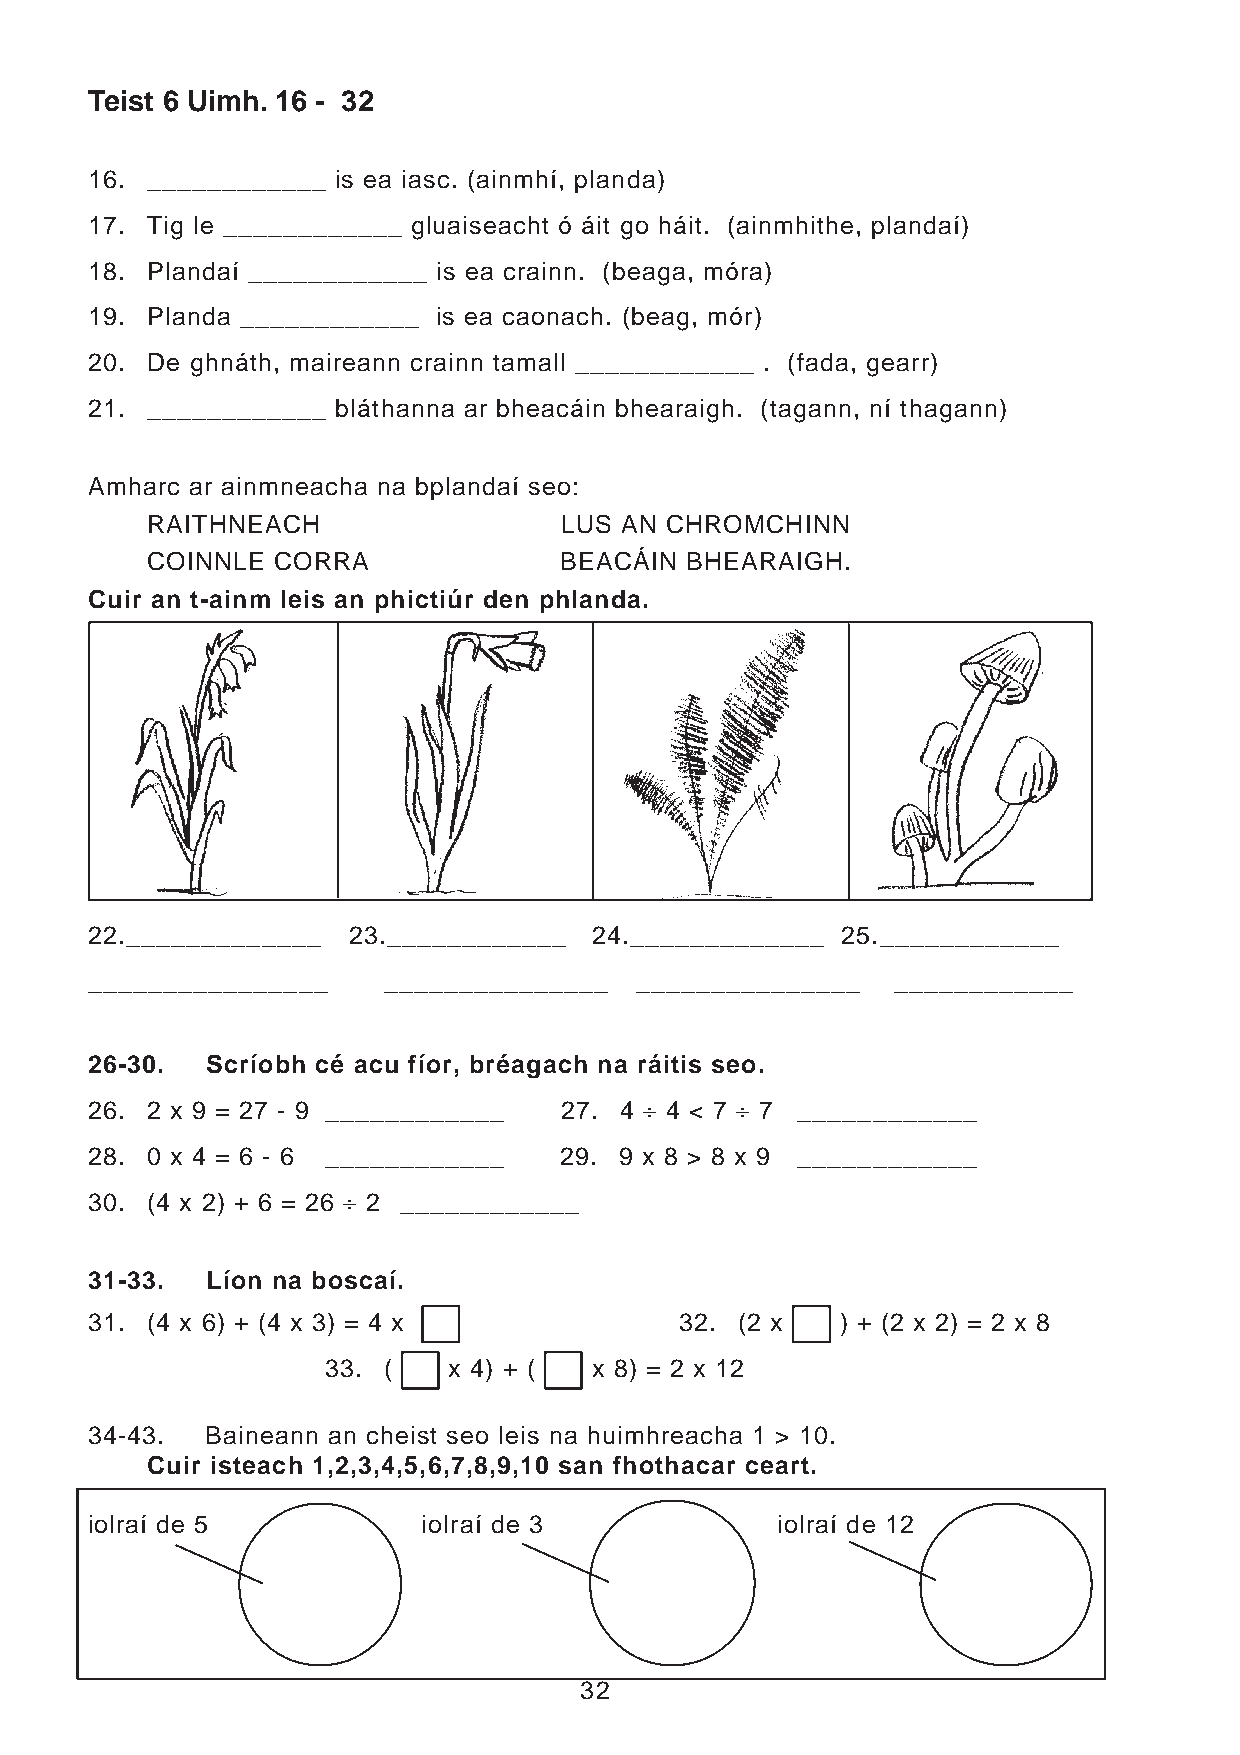
Teist 6 Uimh. 16 - 32
 16. ____________ is ea iasc. (ainmhí, planda)
 17. Tig le ____________ gluaiseacht ó áit go háit. (ainmhithe, plandaí)
 18. Plandaí ____________ is ea crainn. (beaga, móra)
 19. Planda ____________ is ea caonach. (beag, mór)
 20. De ghnáth, maireann crainn tamall ____________ . (fada, gearr)
 21. ____________ bláthanna ar bheacáin bhearaigh. (tagann, ní thagann)
 Amharc ar ainmneacha na bplandaí seo:
 RAITHNEACH                 LUS AN CHROMCHINN
 COINNLE CORRA              BEACÁIN BHEARAIGH.
 Cuir an t-ainm leis an phictiúr den phlanda.
 22._____________ 23.____________ 24._____________ 25.____________
 ________________   _______________  _______________  ____________
 26-30.  Scríobh cé acu fíor, bréagach na ráitis seo.
 26. 2 x 9 = 27 - 9 ____________ 27. 4 ‚ 4 < 7 ‚ 7 ____________
 28. 0 x 4 = 6 - 6 ____________ 29. 9 x 8 > 8 x 9 ____________
 30. (4 x 2) + 6 = 26 ‚ 2 ____________
 31-33.  Líon na boscaí.
 31. (4 x 6) + (4 x 3) = 4 x            32. (2 x   ) + (2 x 2) = 2 x 8
 33. (    x 4) + ( x 8) = 2 x 12
 34-43.  Baineann an cheist seo leis na huimhreacha 1 > 10.
 Cuir isteach 1,2,3,4,5,6,7,8,9,10 san fhothacar ceart.
 iolraí de 5           iolraí de 3            iolraí de 12
 32